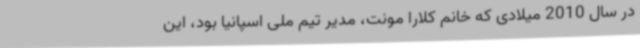
در سال 2010 میلادی که خانم کلارا مونت، مدیر تیم ملی اسپانیا بود، این